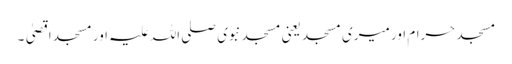
مسجد حرام اور میری مسجد یعنی مسجد نبوی صلی اللہ علیہ اور مسجد اقصیٰ۔